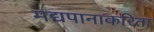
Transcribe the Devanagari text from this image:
मद्यपानाकरिता